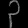
Digit: ၃